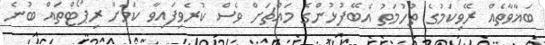
ބަޣާވާތެއް ރޭވިކަމުގެ ތުހުމަތު އެބޭފުޅުންގެ މައްޗަށް ވެސް ކުރެވިފައިވާ ކަމަށް ރިޕޯޓްތައް ބުނެ